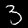
Label: 3